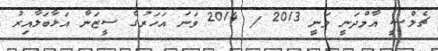
ޗެލްސީ އާމްދަނީ ވަނީ 2013 / 2014 ވަނަ އަހަރުގެ ސީޒަނާ އަޅާބަލާއިރު